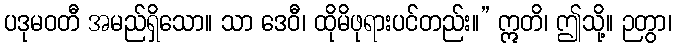
ပဒုမဝတီ အမည်ရှိသော။ သာ ဒေဝီ၊ ထိုမိဖုရားပင်တည်း။” ဣတိ၊ ဤသို့။ ဉတွာ၊